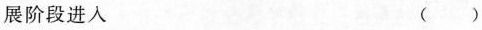
展阶段进入 ()